Report of the Municipal Commissioner on the plague in Bombay for the year ending 31st May... - Volume 2
Disease focus: Plague
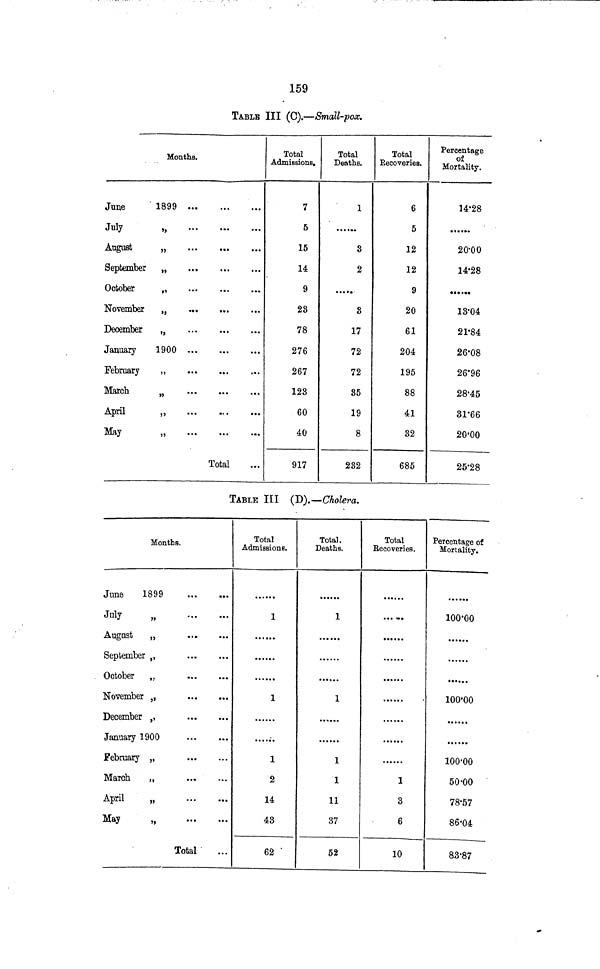
159
TABLE III (C).—Small-pox.
Months.
June
1899
July
>,
August
„
September
„
October
„
...
November
„
December
„
...
January
1900
February
,,
March
n
April
May
„
Total
Total
AdmissionB.
7
5
15
14
9
28
78
276
267
123
60
40
917
Total
Deaths.
1
8
2
8
17
72
72
85
19
8
232
Total
Recoveries.
6
5
12
12
9
20
61
204
195
88
41
32
685
Percentage
of
Mortality.
14-28
20-00
14-28
••••••
13-04
21-84
26-08
26'96
28-45
31-66
20-00
25-28
TABLE III (D).—Cholera.
Months.
June
1899
Juty
„
August
„
September ,,
October
,,
November ,,
December ,,
January 1900
February „
Marcb
„
April
„
May
„
Total
Total
Admissions.
1
1
1
2
14
43
62
Total.
Deaths.
1
1
i
1
11
37
52
Total
Recoveries.
1
3
6
10
Percentage of
Mortality.
100-00
100-00
100-00
50-00
78-57
86-04
83-87